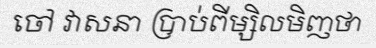
ចៅ វាសនា ប្រាប់ពីម្សិលមិញថា